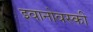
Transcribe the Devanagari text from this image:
इवानोवस्की